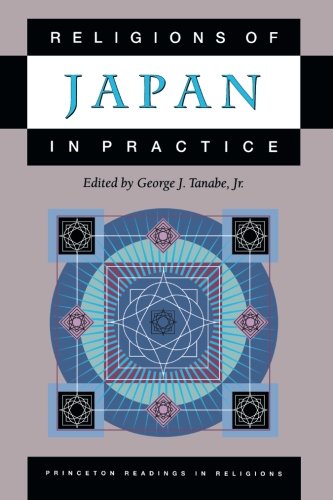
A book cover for Religions of Japan in Practice; Religion & Spirituality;